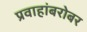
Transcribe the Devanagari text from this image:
प्रवाहांबरोबर